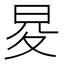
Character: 𭥨